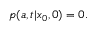
p ( a , t | x _ { 0 } , 0 ) = 0 .